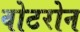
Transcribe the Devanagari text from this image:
वोटरोन